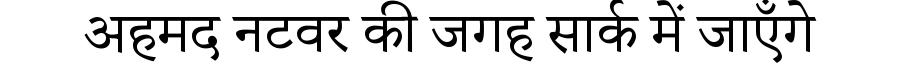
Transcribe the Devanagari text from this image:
अहमद नटवर की जगह सार्क में जाएँगे